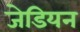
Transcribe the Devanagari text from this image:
जेडियन